Paatsalu_vallavalitsus, lk 34
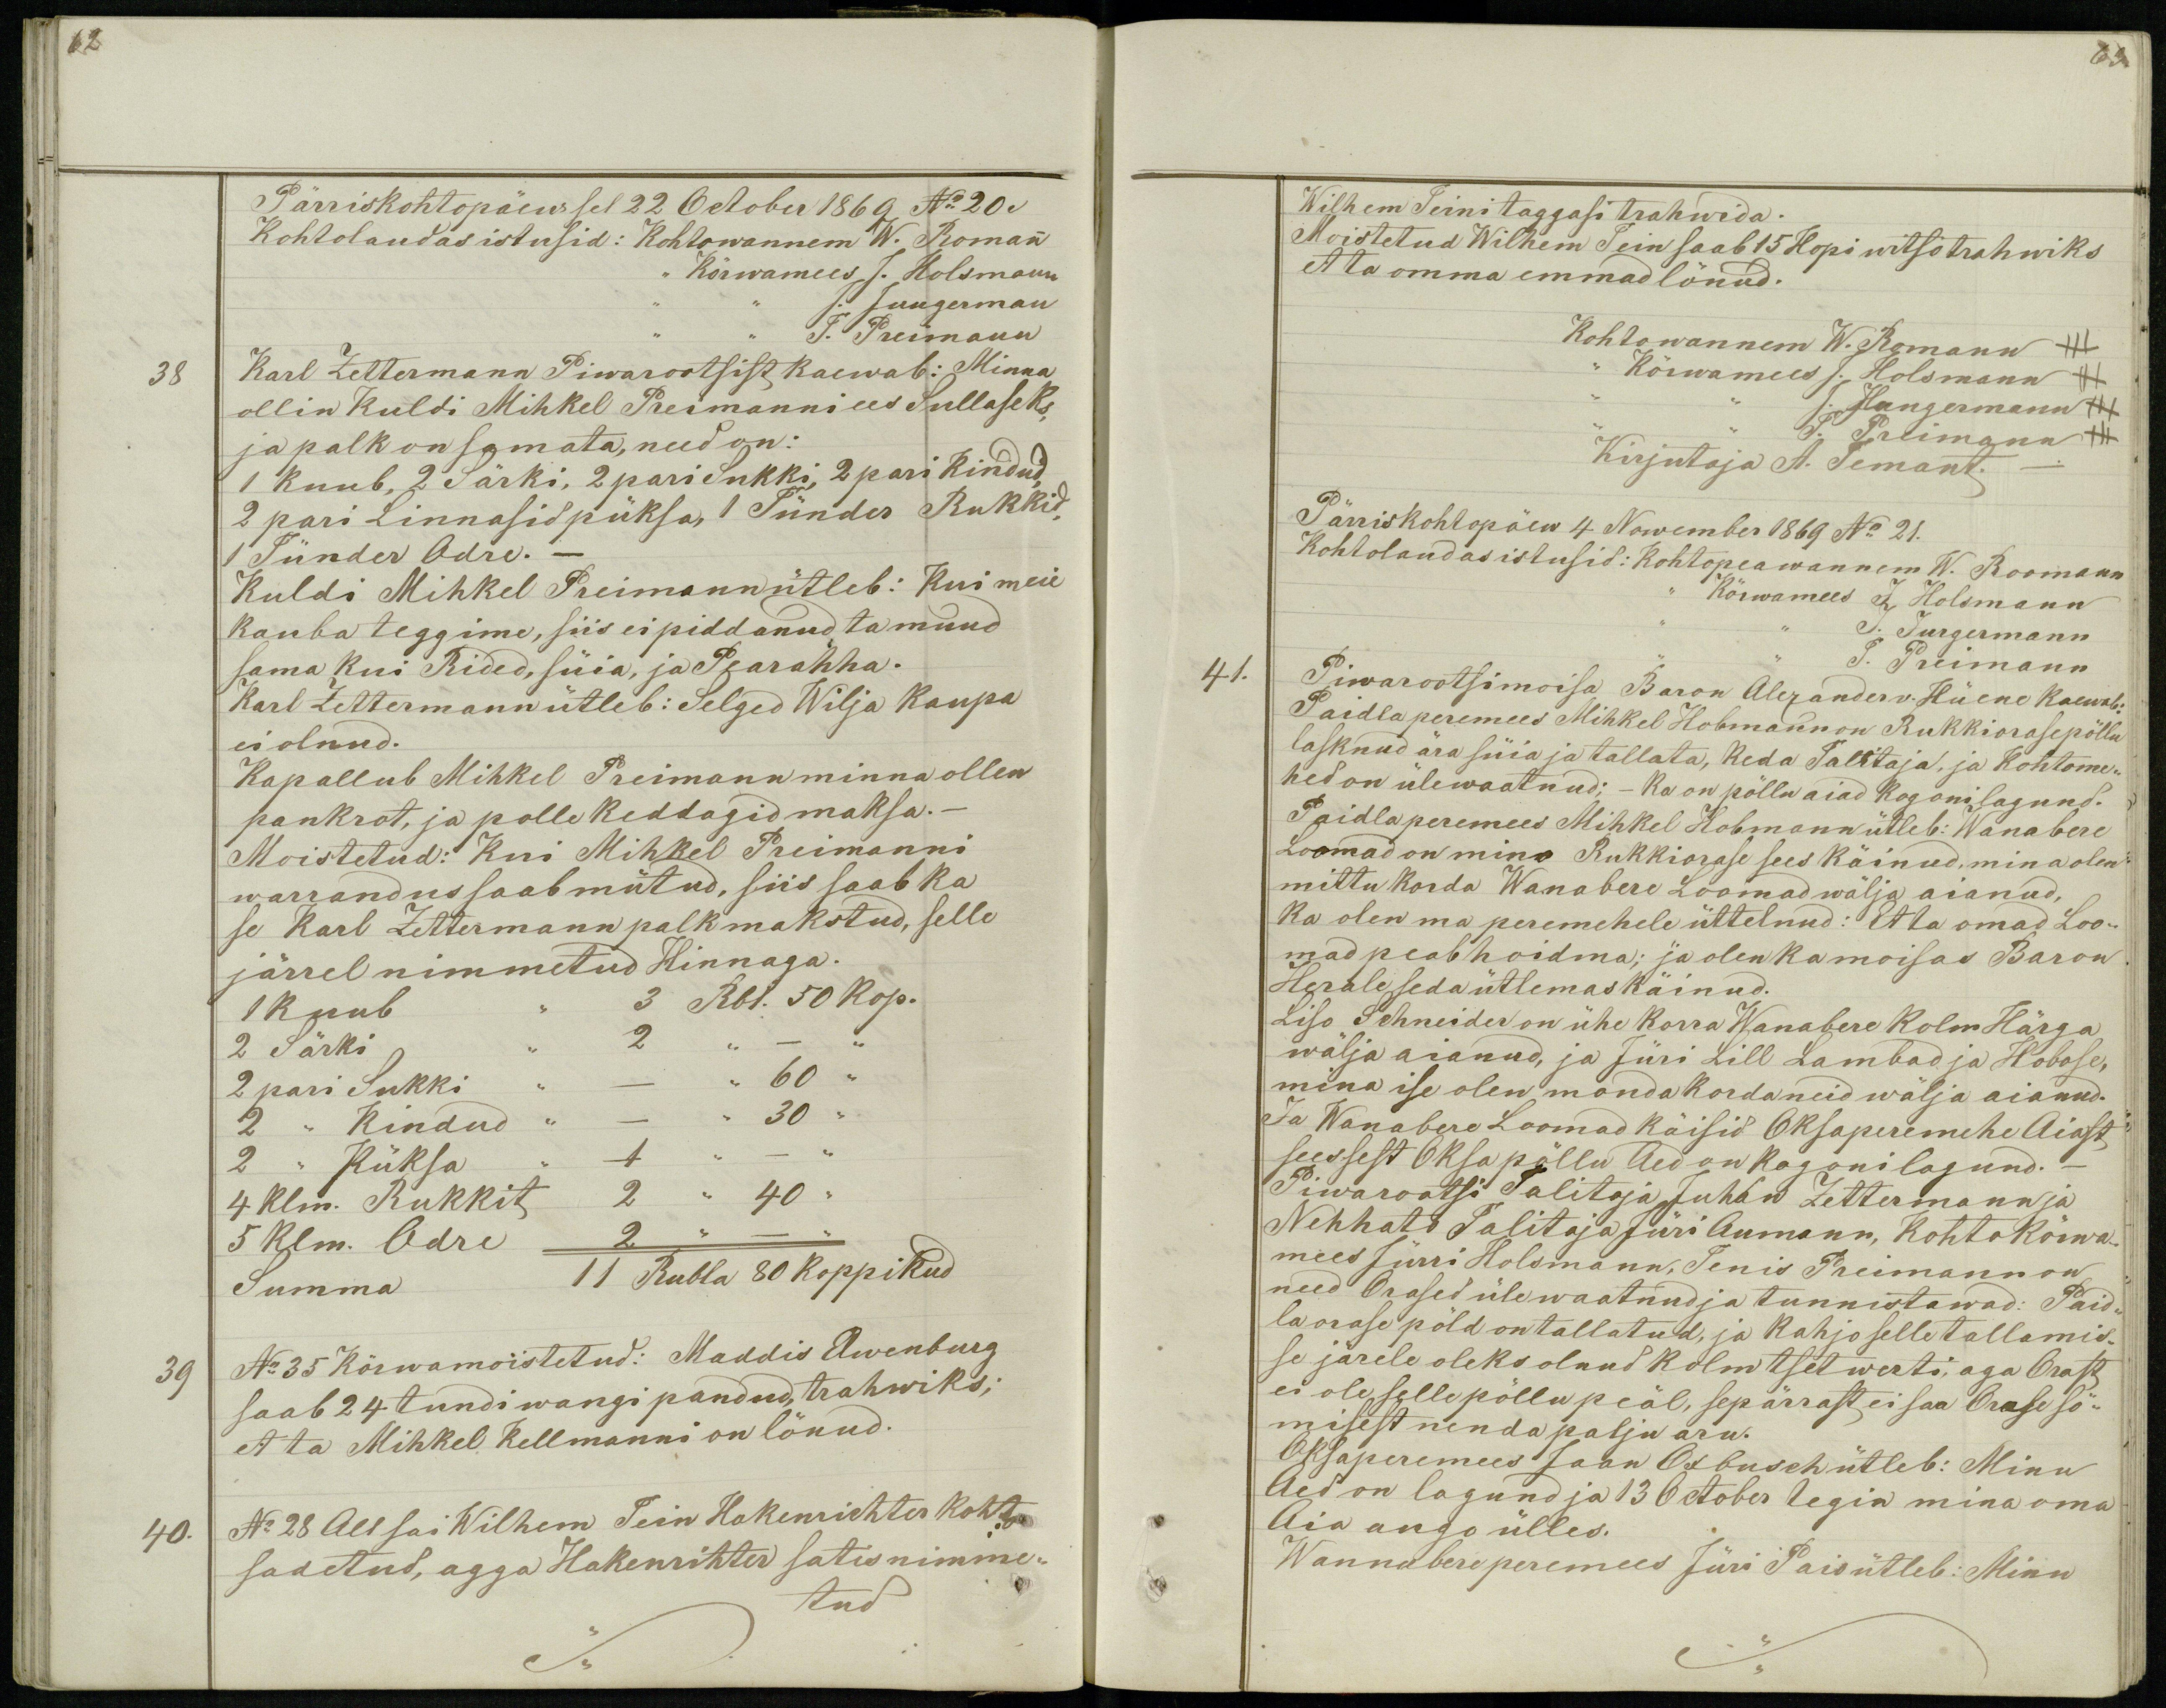
62

Pärriskohtopäew sel 22 October1869 No 20.
Kohtolaudas istusid: Kohtowannem W. Romann
,, Kõrwamees J. Holsmann
J. Jungerman
J. Preimann
38
Karl Zettermann Piwarootsist kaewab: Minna
ollin Kuldi Mihkel Preimanni ees Sullaseks,
ja palk on samata, need on:
1 kuub, 2 Särki, 2 pari Sukki, 2 pari kindud,
2 pari Linnasid püksa, 1 Tünder Rukkid,
1 Tünder Odre. -
Kuldi Mihkel Preimann ütleb: Kui meie
kauba teggime, siis ei piddanud ta muud
sama kui Rided, süia, ja Pearahha.
Karl Zettermann ütleb: Selged Wilja Kaupa
ei olnud.
Ka pallub Mihkel Preimann minna ollen
pankrot, ja polle keddagid maksa.-
Moistetud: Kui Mihkel Preimanni
warrandus saab mütud, siis saab ka
se Karl Zettermann palk makstud, selle
järrel nimmetud Hinnaga.
1 Kuub ,, 3 Rbl. 50 kop.
2 Särki ,, 2 ,, _ ,,
2 pari Sukki ,, _ ,, 60 ,,
2 ,, Kindud ,, _ ,,  30 ,,
2 ,, Püksa ,, 1 ,, _ ,,
4 klm. Rukkit 2 ,, 40 ,,
5 klm. Odre  2 ,, _ ,,
Summa 11 Rubla 80 koppikud
39
No 35 Körwamoistetud: Maddis Awenburg
saab 24 tundi wangi pandud, trahwiks;
et ta Mihkel Kellmanni on lönud.
40.
No 28 All sai Wilhem Tein Hakenrichter kohto
sadetud, agga Hakenrihter satis nimme-
tud

63.
Wilhem Teini taggasi trahwida.
Moistetud Wilhem Tein saab 15 Hopi witso trahwiks
et ta omma emmad lönud.
Kohtowannem W. Romann +++
,, Kõrwamees J. Holsmann +++
,, ,, J. Jungermann +++
J. Preimann +++
Kirjutaja A. Temant. _
Pärriskohtopäew 4 Nowember 1869 No 21.
Kohtolaudas istusid: Kohtopeawannem W. Roomann
,, Kõrwamees J Holsmann
J. Jurgermann
J. Preimann
41.
Piwarootsimoisa Baron Alexander v. Hüene kaewab:
Paidla peremees Mihkel Hobmann on Rukkiorasepõllu
lasknud ära süia ja tallata, keda Talitaja, ja kohtome-
hed on ülewaatnud; - ka on põllu aiad kogoni lagund.
Paidla peremees Mihkel Hobmann ütleb: Wanabere
Loomad on mino Rukkiorase sees käinud, mina olen
mittu korda Wanabere Loomad wälja aianud,
ka olen ma peremehele üttelnud: Et ta omad Loo-
mad peab hoidma; ja olen ka moisas Baron
Herale seda ütlemas käinud.
Liso Schneider on ühe korra Wanabere kolm Härga
wälja aianud, ja Jüri Lill Lambad ja Hobose,
mina ise olen monda korda neid wälja aianud.
Ja Wanabere Loomad käisid Oksaperemehe Aiast
sees sest Oksa põllu Aed on kogoni lagund.-
Piwarootsi Talitaja Juhan Zettermann ja
Nehhato Talitaja Jüri Aumann, Kohtokõrwa-
mees Jürri Holsmann, Tenis Preimann on
need Orased üle waatnud ja tunnistawad: Paid-
la orase põld on tallatud, ja kahjo selle tallamis-
se järele oleks olnud kolm tsetwerti, aga Orast
ei ole selle põllu peäl, sepärrast ei saa Orase sö-
misest nenda palju aru.
Oksaperemees Jaan Oxbusch ütleb: Minu
Aed on lagund ja 13 October tegin mina oma
Aia augo ülles.
Wannabere peremees Jüri Pais ütleb: Minu